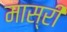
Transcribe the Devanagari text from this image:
मास्री